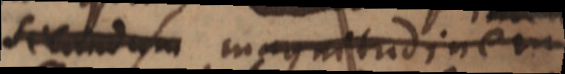
secundum magnitudinem